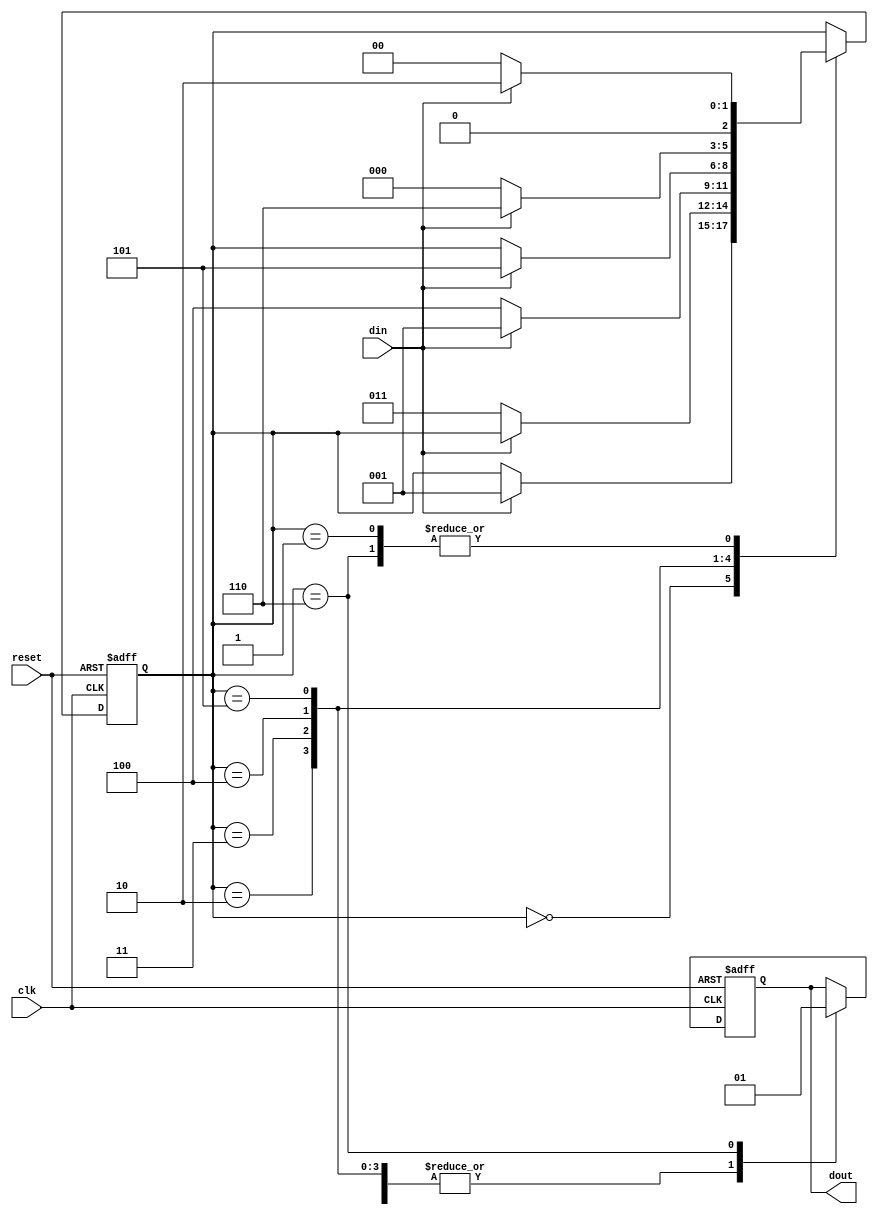
module seq_110011(input clk,
                   input  reset,
                   input din,
                   output dout);

  parameter [2:0] S0 = 3'b000;
  parameter [2:0] S1 = 3'b001;
  parameter [2:0] S2 = 3'b010;
  parameter [2:0] S3 = 3'b011;
  parameter [2:0] S4 = 3'b100;
  parameter [2:0] S5 = 3'b101;
  parameter [2:0] S6 = 3'b110;

reg dout;
reg [2:0] state;

  always @(posedge clk or posedge reset) begin
    if(reset) begin
      dout <= 1'b0;
      state <= S0;
    end
    else begin
      case(state)
        S0: begin
          dout <=1'b0;
          if(din)
            state <= S1;
        end
        S1: begin
          dout <= 1'b0;
          if(din)  
            state <= S2;
          else
            state <= S0;
        end
        S2: begin
          dout <= 1'b0;
          if(~din)
            state <= S3;
        end

        S3: begin
          dout <= 1'b0;
          if(~din)
            state <= S4;
          else
            state <= S1;
        end
        S4: begin
          dout <= 1'b0;
          if(din)
            state <= S5;
        end
	S5: begin
          dout <= 1'b0;
          if(din)
            state <= S6;
          else
            state <= S0;
        end

	 S6: begin
          dout <= 1'b1;
          if(din)
            state <= S2;
    	  else 
             state <= S0;
        end





      endcase
    end
  end


endmodule